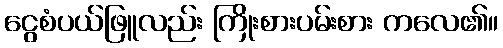
ငွေစံပယ်ဖြူလည်း ကြိုးစားပမ်းစား ကလေ၏။